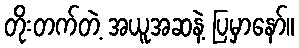
တိုးတက်တဲ့ အယူအဆနဲ့ ပြမှာနော်။